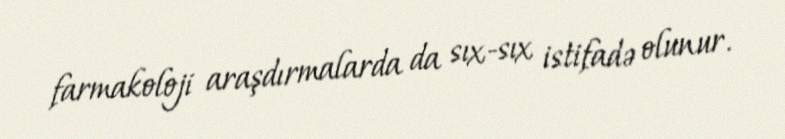
farmakoloji araşdırmalarda da sıx-sıx istifadə olunur.